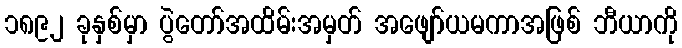
၁၈၉၂ ခုနှစ်မှာ ပွဲတော်အထိမ်းအမှတ် အဖျော်ယမကာအဖြစ် ဘီယာကို